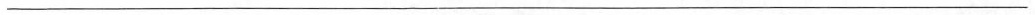
___